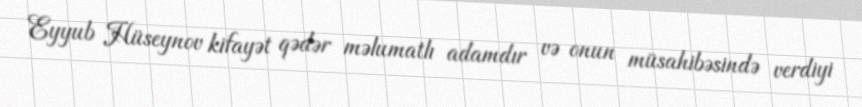
Eyyub Hüseynov kifayət qədər məlumatlı adamdır və onun müsahibəsində verdiyi